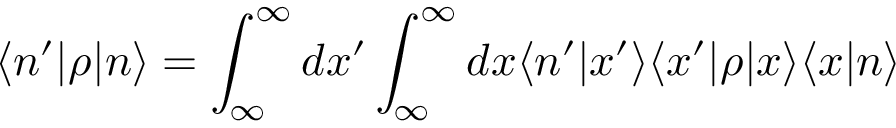
\langle n ^ { \prime } \vert \rho \vert n \rangle = \int _ { \infty } ^ { \infty } d x ^ { \prime } \int _ { \infty } ^ { \infty } d x \langle n ^ { \prime } \vert x ^ { \prime } \rangle \langle x ^ { \prime } \vert \rho \vert x \rangle \langle x \vert n \rangle